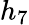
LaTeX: h_{7}